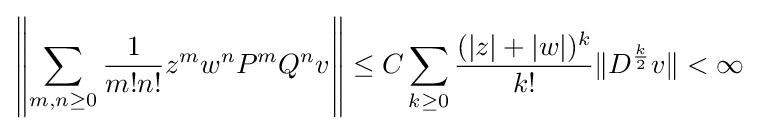
\left\|\sum _{m,n\geq 0}{1 \over m!n!}z^{m}w^{n}P^{m}Q^{n}v\right\|\leq C\sum _{k\geq 0}{(|z|+|w|)^{k} \over k!}\|D^{k \over 2}v\|<\infty